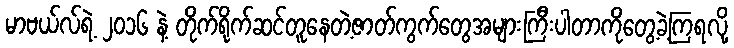
မာဗယ်လ်ရဲ့ ၂၀၁၆ နဲ့ တိုက်ရိုက်ဆင်တူနေတဲ့ဇာတ်ကွက်တွေအများကြီးပါတာကိုတွေ့ခဲ့ကြရလို့